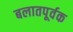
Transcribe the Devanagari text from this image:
बलातपूर्वक